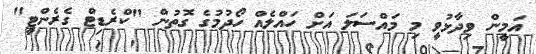
އަމީން ވިދާޅުވީ މި މައްސަލަ އަށް ހައްލެއް ހޯދުމުގެ ގޮތުން "ކްރެޑިޓް ގެރެންޓީ"